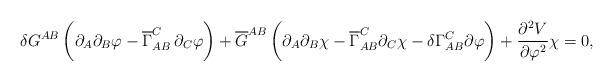
LaTeX: \begin{align*}\delta G^{A B} \,\biggl( \partial_{A} \partial_{B} \varphi -\overline{\Gamma}_{A B}^{C}\, \partial_{C} \varphi \biggr) + \overline{G}^{A B} \,\biggl( \partial_{A} \partial_{B} \chi - \overline{\Gamma}_{A B}^{C} \partial_{C} \chi - \delta \Gamma^{C}_{A B} \partial\varphi\biggr) + \frac{\partial^2 V}{\partial \varphi^2}\chi=0,\end{align*}